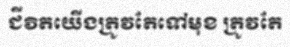
ជីវិតយើងត្រូវតែទៅមុខ ត្រូវតែ